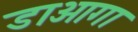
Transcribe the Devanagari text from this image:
डाओगा